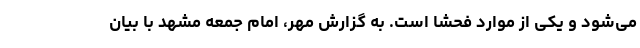
می‌شود و یکی از موارد فحشا است. به گزارش مهر، امام جمعه مشهد با بیان